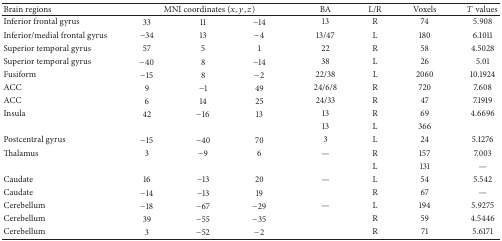
<table><thead><tr><td><b>Brain regions</b></td><td colspan="3"><b>MNI coordinates (<i>x</i>, <i>y</i>, <i>z</i>)</b></td><td><b>BA</b></td><td><b>L/R</b></td><td><b>Voxels</b></td><td><b><i>T</i> values</b></td></tr></thead><tbody><tr><td>Inferior frontal gyrus</td><td>33</td><td>11</td><td>−14</td><td>13</td><td>R</td><td>74</td><td>5.908</td></tr><tr><td>Inferior/medial frontal gyrus</td><td>−34</td><td>13</td><td>−4</td><td>13/47</td><td>L</td><td>180</td><td>6.1011</td></tr><tr><td>Superior temporal gyrus</td><td>57 </td><td>5</td><td>1</td><td>22</td><td>R</td><td>58</td><td>4.5028</td></tr><tr><td>Superior temporal gyrus</td><td>−40</td><td>8</td><td>−14</td><td>38</td><td>L</td><td>26</td><td>5.01</td></tr><tr><td>Fusiform</td><td>−15</td><td>8</td><td>−2</td><td>22/38</td><td>L</td><td>2060</td><td>10.1924</td></tr><tr><td>ACC</td><td>9</td><td>−1</td><td>49</td><td>24/6/8</td><td>R</td><td>720</td><td>7.608</td></tr><tr><td>ACC</td><td>6</td><td>14</td><td>25</td><td>24/33</td><td>R</td><td>47</td><td>7.1919</td></tr><tr><td>Insula</td><td>42</td><td>−16</td><td>13</td><td>13</td><td>R</td><td>69</td><td>4.6696</td></tr><tr><td> </td><td> </td><td> </td><td> </td><td>13</td><td>L</td><td>366</td><td> </td></tr><tr><td>Postcentral gyrus</td><td>−15</td><td>−40</td><td>70</td><td>3</td><td>L</td><td>24</td><td>5.1276</td></tr><tr><td>Thalamus</td><td>3</td><td>−9</td><td>6</td><td>—</td><td>R</td><td>157</td><td>7.003</td></tr><tr><td> </td><td> </td><td> </td><td> </td><td> </td><td>L</td><td>131</td><td>—</td></tr><tr><td>Caudate</td><td>16</td><td>−13</td><td>20</td><td>—</td><td>L</td><td>54</td><td>5.542</td></tr><tr><td>Caudate</td><td>−14</td><td>−13</td><td>19</td><td> </td><td>R</td><td>67</td><td>—</td></tr><tr><td>Cerebellum</td><td>−18</td><td>−67</td><td>−29</td><td>—</td><td>L</td><td>194</td><td>5.9275</td></tr><tr><td>Cerebellum</td><td>39</td><td>−55</td><td>−35</td><td> </td><td>R</td><td>59</td><td>4.5446</td></tr><tr><td>Cerebellum</td><td>3</td><td>−52</td><td>−2</td><td> </td><td>R</td><td>71</td><td>5.6171</td></tr></tbody></table>